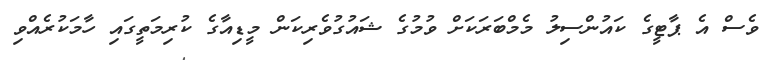
ވެސް އެ ޕާޓީގެ ކައުންސިލު މެމްބަރަކަށް ވުމުގެ ޝައުގުވެރިކަން މީޑިއާގެ ކުރިމަތީގައި ހާމަކުރެއްވި